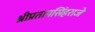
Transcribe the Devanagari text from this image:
श्रीप्रतापसिंहराजे